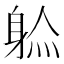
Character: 𲄞